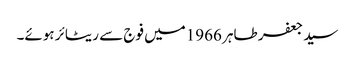
سید جعفر طاہر 1966میں فوج سے ریٹائر ہوئے۔